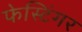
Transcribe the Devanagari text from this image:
फेस्टिंगर